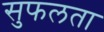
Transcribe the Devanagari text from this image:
सुफलता